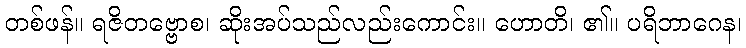
တစ်ဖန်။ ရဇိတဗ္ဗောစ၊ ဆိုးအပ်သည်လည်းကောင်း။ ဟောတိ၊ ၏။ ပရိဘာဂေန၊